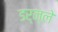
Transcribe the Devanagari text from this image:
डर्न्ले